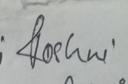
Signature authenticity: genuine